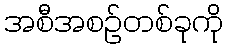
အစီအစဉ်တစ်ခုကို